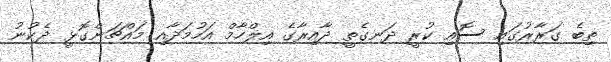
ތިބެ ގަރާރުގައި ސޮއި ކުރީ ދަނގެތީ ދާއިރާގެ އިލްހާމް އަހުމަދާއި މައްޗަންގޮޅީ ދެކުނު